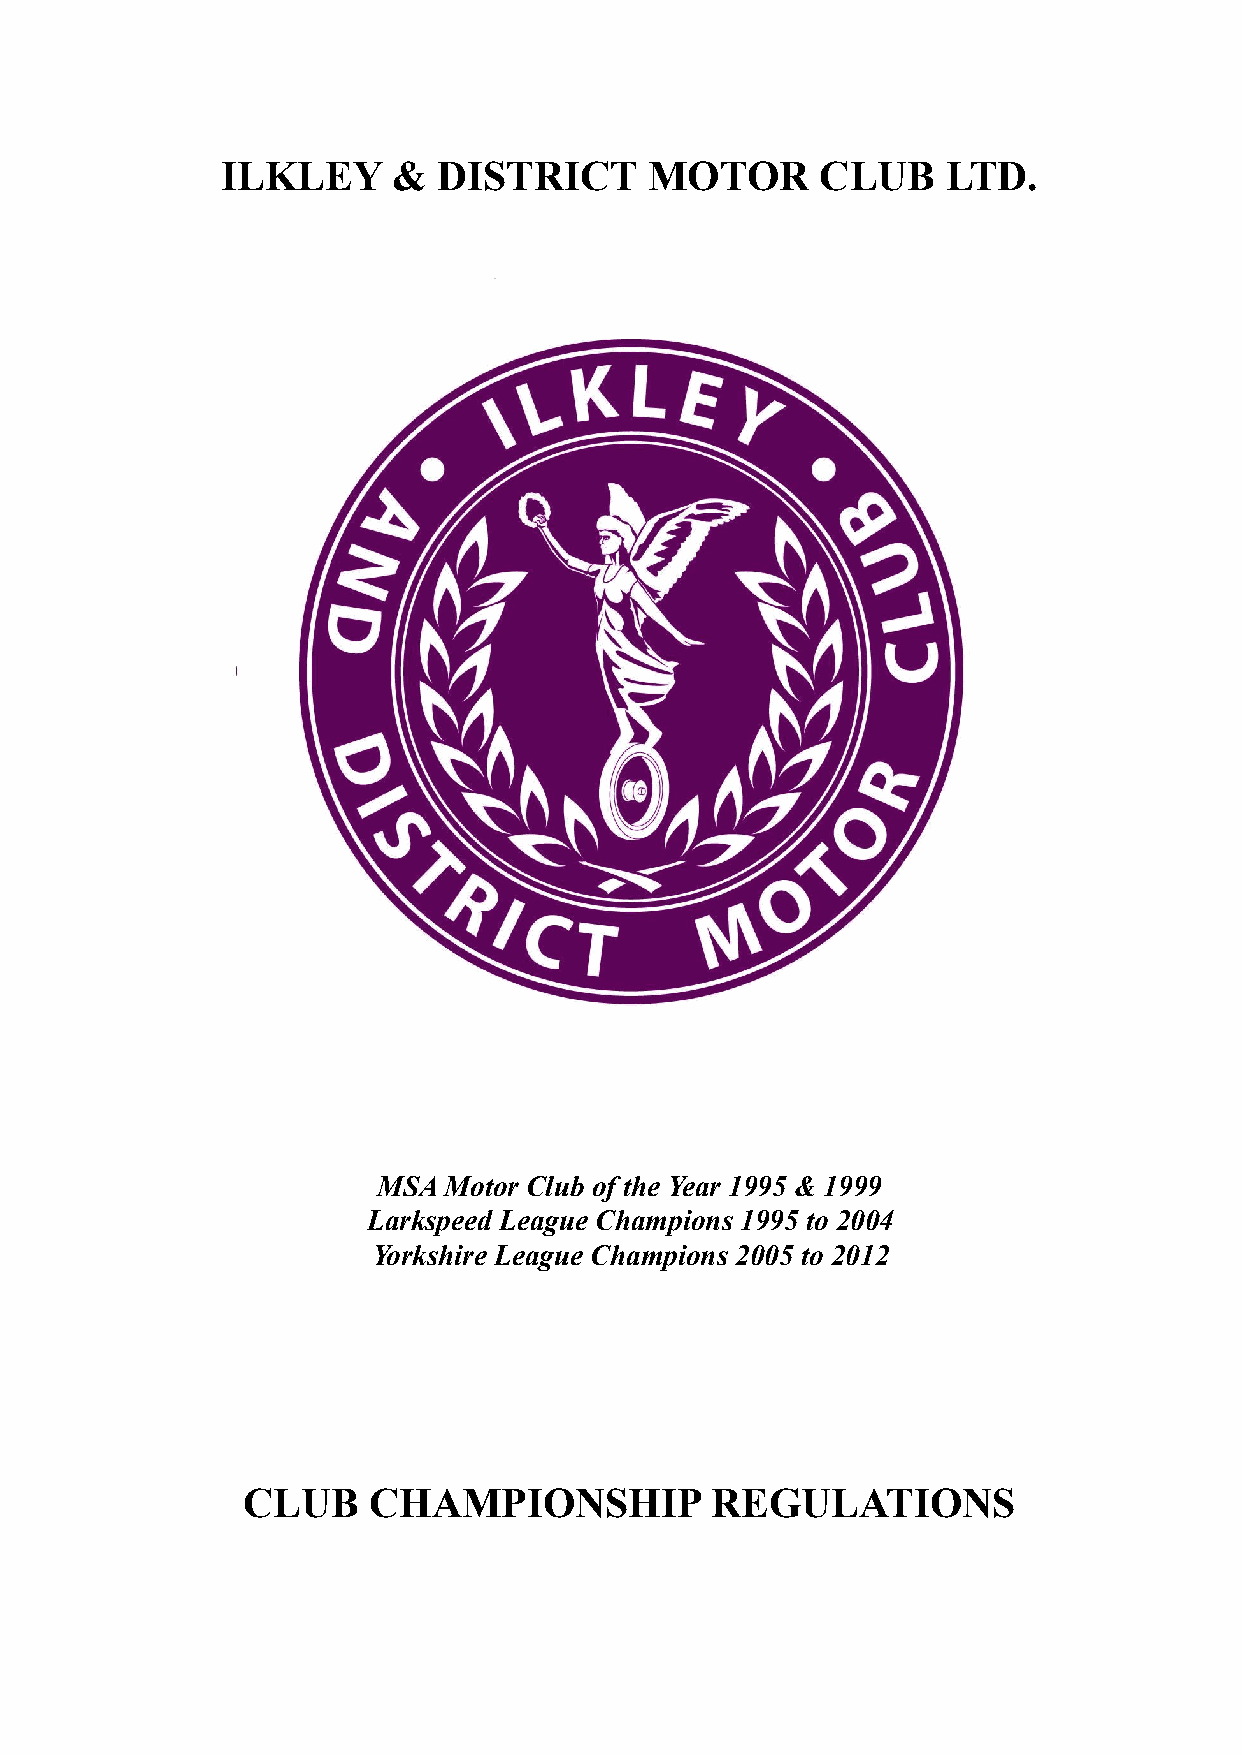
ILKLEY     &  DISTRICT      MOTOR      CLUB     LTD.
 MSA Motor Club of the Year 1995 & 1999
 Larkspeed League Champions 1995 to 2004
 Yorkshire League Champions 2005 to 2012
 CLUB    CHAMPIONSHIP           REGULATIONS